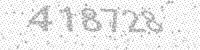
Solution: 418728